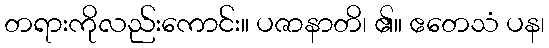
တရားကိုလည်းကောင်း။ ပဇာနာတိ၊ ၏။ ဧတေသံ ပန၊